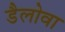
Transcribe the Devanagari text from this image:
डैलोवा